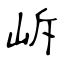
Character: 𡶜